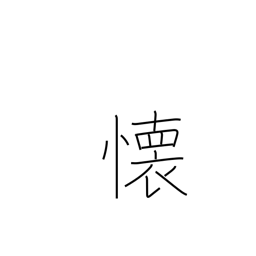
Meaning: miss someone